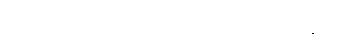
အထ၊ ထိုသို့ငြိမ်းသည်ရှိသော်။ မုတ္တဟရိတကံနာမ၊